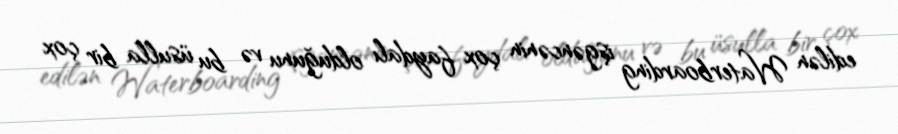
edilən Waterboarding işgəncənin çox faydalı olduğunu və bu üsulla bir çox